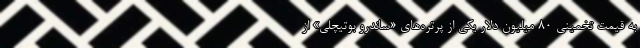
به قیمت تخمینی ۸۰ میلیون دلار یکی از پرتره‌های «ساندرو بوتیچلی» از